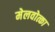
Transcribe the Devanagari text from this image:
मेलवोत्का